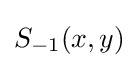
S_{-1}(x,y)